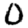
Digit: 0